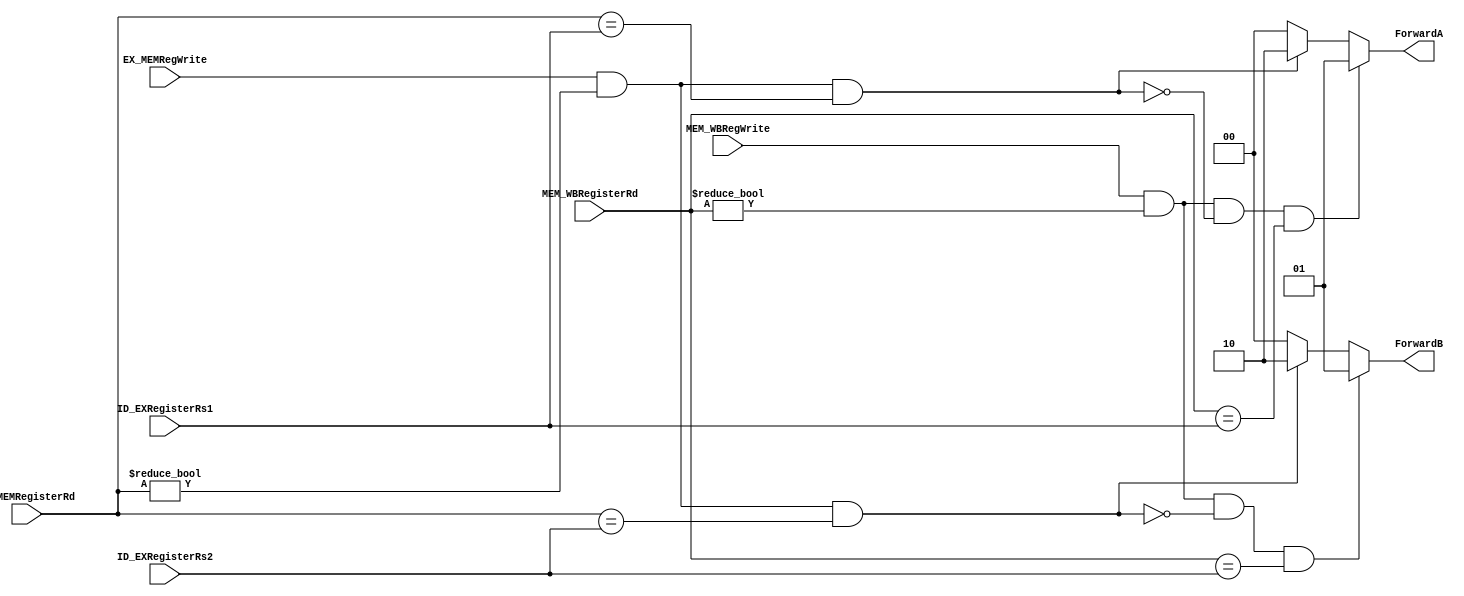
`timescale 1ns / 1ps
module Forwarding_Unit(
	EX_MEMRegWrite,
	MEM_WBRegWrite,
	EX_MEMRegisterRd,
	MEM_WBRegisterRd,
	ID_EXRegisterRs1,
	ID_EXRegisterRs2,
	ForwardA,
	ForwardB
	);
input EX_MEMRegWrite, MEM_WBRegWrite;
input [4:0] EX_MEMRegisterRd, MEM_WBRegisterRd, ID_EXRegisterRs1, ID_EXRegisterRs2;
output reg [1:0] ForwardA, ForwardB;

always@(*)begin
// add your code here
	ForwardA = 2'b00;
	ForwardB = 2'b00;

	if (EX_MEMRegWrite == 1 && (EX_MEMRegisterRd != 0) && (EX_MEMRegisterRd == ID_EXRegisterRs1))begin
		ForwardA = 2'b10;
	end
	if (EX_MEMRegWrite == 1 && (EX_MEMRegisterRd != 0) && (EX_MEMRegisterRd == ID_EXRegisterRs2))begin
		ForwardB = 2'b10;
	end
	if (MEM_WBRegWrite == 1 && (MEM_WBRegisterRd != 0) && !(EX_MEMRegWrite == 1 && (EX_MEMRegisterRd != 0) && (EX_MEMRegisterRd == ID_EXRegisterRs1)) && (MEM_WBRegisterRd == ID_EXRegisterRs1))begin
		ForwardA = 2'b01;
	end
	if (MEM_WBRegWrite == 1 && (MEM_WBRegisterRd != 0) && !(EX_MEMRegWrite == 1 && (EX_MEMRegisterRd != 0) && (EX_MEMRegisterRd == ID_EXRegisterRs2)) && (MEM_WBRegisterRd == ID_EXRegisterRs2))begin
		ForwardB = 2'b01;
	end
end


endmodule